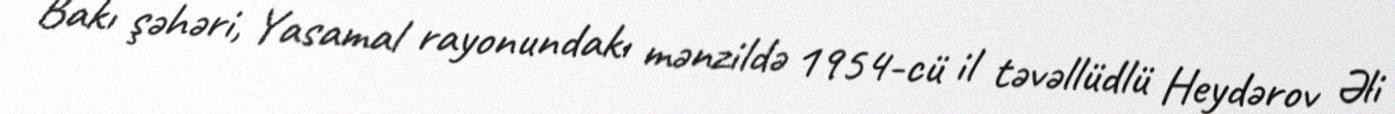
Bakı şəhəri, Yasamal rayonundakı mənzildə 1954-cü il təvəllüdlü Heydərov Əli